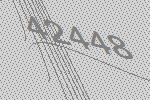
42448